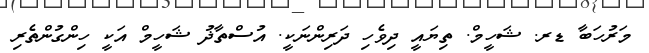
މަރުހަބާ ޑރ. ޝަހީމް. ތިޔައީ ދިވެހި ދަރިންނަކީ. އުސްތާޛު ޝަހީމް އަކީ ހިންގުންތެރި